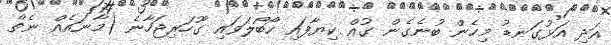
އަދި އަޅުގަނޑު މިހެން ބުނެގެން ގުއް ކިޔާފައި ހޯބޯލަވައި ގޫހަރިޖަހާނެ (މާނައެއް ނެތް